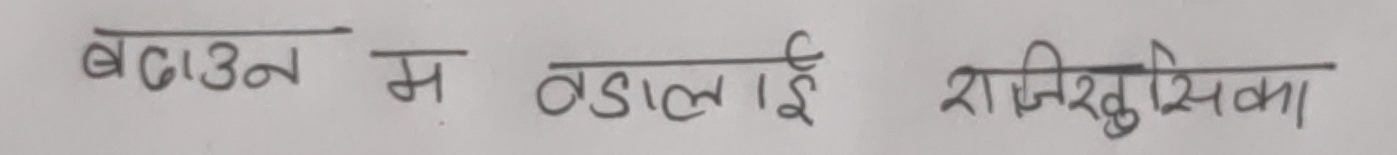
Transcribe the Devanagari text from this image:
बढाउन म बडालई राजिखुसीका